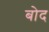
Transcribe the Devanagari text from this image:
बोद